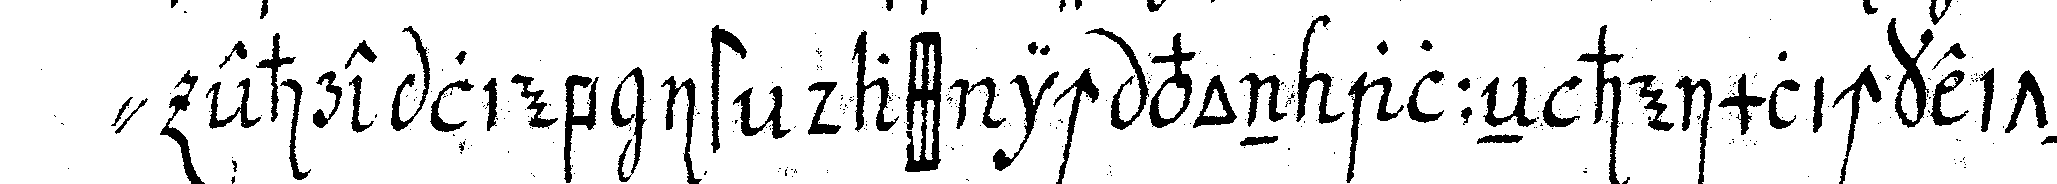
" ehre lieb ist dass ich von alleN heimlichkeiteN